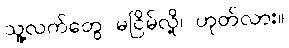
သူ့လက်တွေ မငြိမ်လို့၊ ဟုတ်လား။